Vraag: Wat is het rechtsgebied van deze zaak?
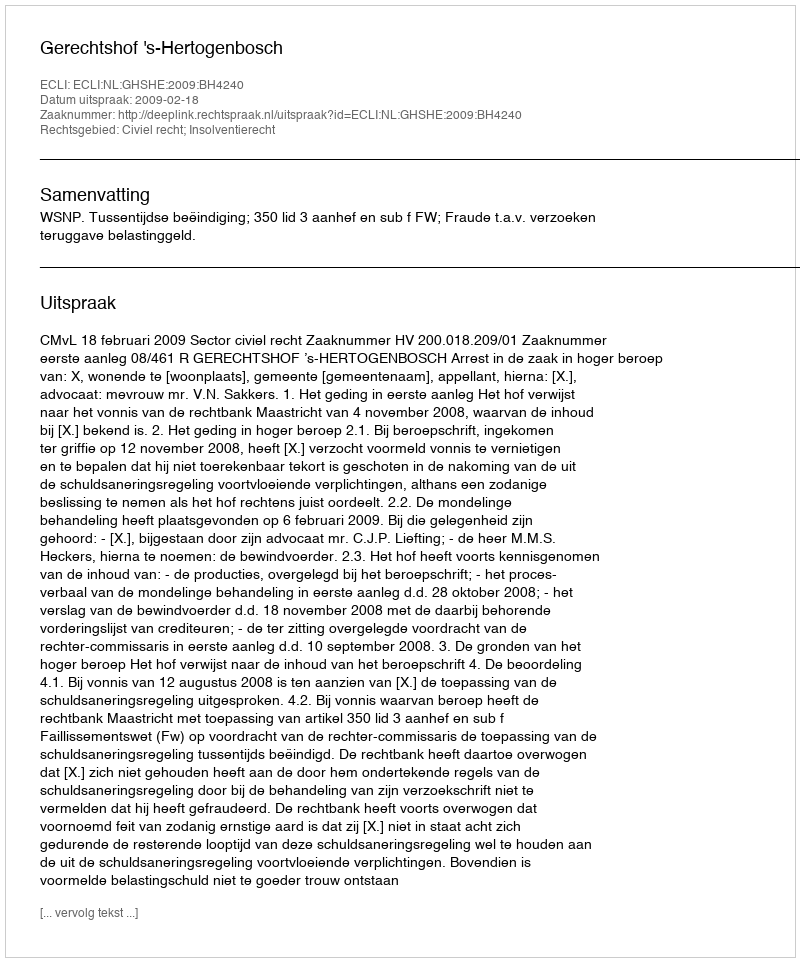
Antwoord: Civiel recht; Insolventierecht